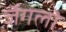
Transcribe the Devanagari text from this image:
जॅगलॊ